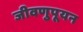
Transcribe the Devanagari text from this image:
जीवणुपूयन